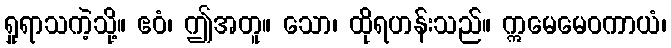
ရှုရာသကဲ့သို့။ ဧဝံ၊ ဤအတူ။ သော၊ ထိုရဟန်းသည်။ ဣမေမေဝကာယံ၊